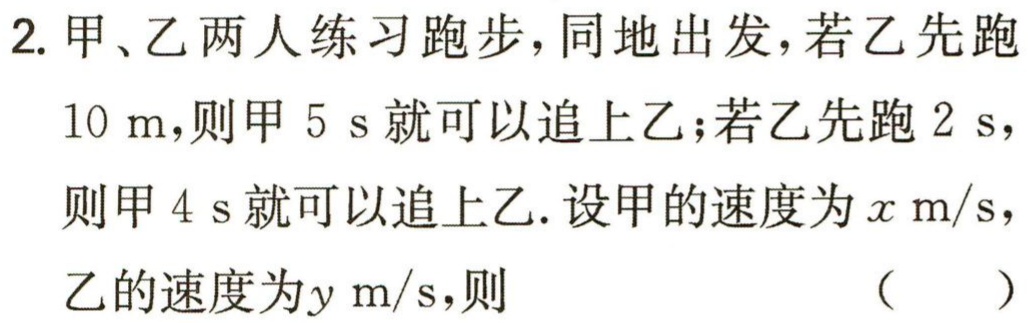
2. 甲、乙两人练习跑步，同地出发，若乙先跑

\(10\ \text{m}\)，则甲 \(5\ \text{s}\)就可以追上乙；若乙先跑 \(2\ \text{s}\)，

则甲 \(4\ \text{s}\)就可以追上乙. 设甲的速度为 \(x\ \text{m/s}\)，

乙的速度为\(y\ \text{m/s}\)，则 （  ）